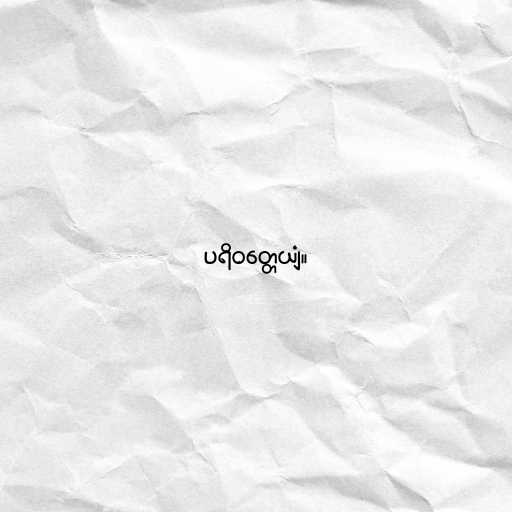
ပရိဝတ္တေယျံ။